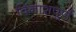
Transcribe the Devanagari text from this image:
विनाशपूर्ण